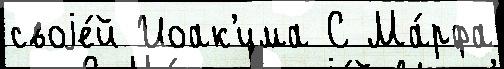
своjе́й Иоак'има С Ма́рфа